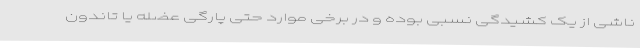
ناشی از یک کشیدگی نسبی بوده و در برخی موارد حتی پارگی عضله یا تاندون